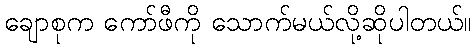
ချောစုက ကော်ဖီကို သောက်မယ်လို့ဆိုပါတယ်။